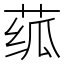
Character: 𬝊